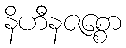
နိဟီနဇစ္စော